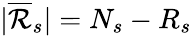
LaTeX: |\overline{{\mathcal{R}}}_{s}|=N_{s}-R_{s}